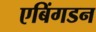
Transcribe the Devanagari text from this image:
एबिंगडन